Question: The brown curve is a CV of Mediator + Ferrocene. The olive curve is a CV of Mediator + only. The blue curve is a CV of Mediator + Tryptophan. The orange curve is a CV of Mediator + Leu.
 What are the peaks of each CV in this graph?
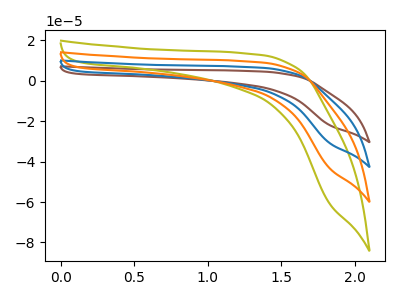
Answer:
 <answer>The brown curve "Mediator + Ferrocene" has no peaks. The olive curve "Mediator + only" has no peaks. The blue curve "Mediator + Tryptophan" has no peaks. The orange curve "Mediator + Leu" has no peaks.</answer>
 <eval></eval>